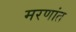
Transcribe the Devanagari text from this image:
मरणांत